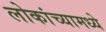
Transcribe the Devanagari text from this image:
लोकांच्यामध्ये